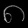
Digit: ၈